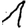
Digit: 1